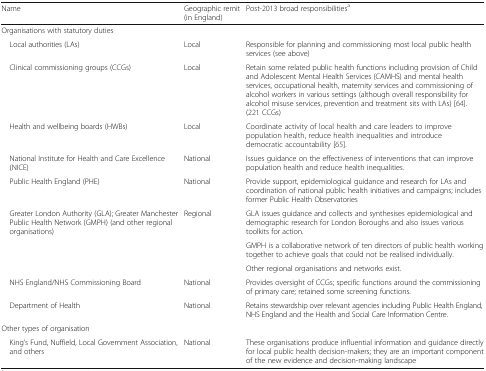
<table><thead><tr><td><b>Name</b></td><td><b>Geographic remit (in England)</b></td><td><b>Post-2013 broad responsibilities<sup>a</sup></b></td></tr></thead><tbody><tr><td colspan="3">Organisations with statutory duties</td></tr><tr><td> Local authorities (LAs)</td><td>Local</td><td>Responsible for planning and commissioning most local public health services (see above)</td></tr><tr><td> Clinical commissioning groups (CCGs)</td><td>Local</td><td>Retain some related public health functions including provision of Child and Adolescent Mental Health Services (CAMHS) and mental health services, occupational health, maternity services and commissioning of alcohol workers in various settings (although overall responsibility for alcohol misuse services, prevention and treatment sits with LAs) [64]. (221 CCGs)</td></tr><tr><td> Health and wellbeing boards (HWBs)</td><td>Local</td><td>Coordinate activity of local health and care leaders to improve population health, reduce health inequalities and introduce democratic accountability [65].</td></tr><tr><td> National Institute for Health and Care Excellence (NICE)</td><td>National</td><td>Issues guidance on the effectiveness of interventions that can improve population health and reduce health inequalities.</td></tr><tr><td> Public Health England (PHE)</td><td>National</td><td>Provide support, epidemiological guidance and research for LAs and coordination of national public health initiatives and campaigns; includes former Public Health Observatories</td></tr><tr><td rowspan="3"> Greater London Authority (GLA); Greater Manchester Public Health Network (GMPH) (and other regional organisations)</td><td rowspan="3">Regional</td><td>GLA issues guidance and collects and synthesises epidemiological and demographic research for London Boroughs and also issues various toolkits for action.</td></tr><tr><td>GMPH is a collaborative network of ten directors of public health working together to achieve goals that could not be realised individually.</td></tr><tr><td>Other regional organisations and networks exist.</td></tr><tr><td> NHS England/NHS Commissioning Board</td><td>National</td><td>Provides oversight of CCGs; specific functions around the commissioning of primary care; retained some screening functions.</td></tr><tr><td> Department of Health</td><td>National</td><td>Retains stewardship over relevant agencies including Public Health England, NHS England and the Health and Social Care Information Centre.</td></tr><tr><td colspan="3">Other types of organisation</td></tr><tr><td> King’s Fund, Nuffield, Local Government Association, and others</td><td>National</td><td>These organisations produce influential information and guidance directly for local public health decision-makers; they are an important component of the new evidence and decision-making landscape</td></tr></tbody></table>